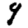
Digit: 9